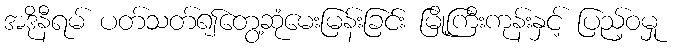
အဒိုနီရမ် ပတ်သတ်၍တွေ့ဆုံမေးမြန်းခြင်း မြို့ကြီးကုန်းနှင့် ပြည့်ဝမှု